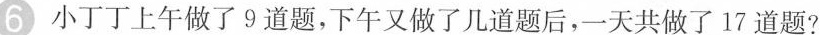
6小丁丁上午做了9道题，下午又做了几道题后，一天共做了17道题?